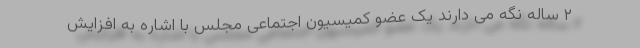
۲ ساله نگه می دارند یک عضو کمیسیون اجتماعی مجلس با اشاره به افزایش